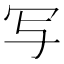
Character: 写